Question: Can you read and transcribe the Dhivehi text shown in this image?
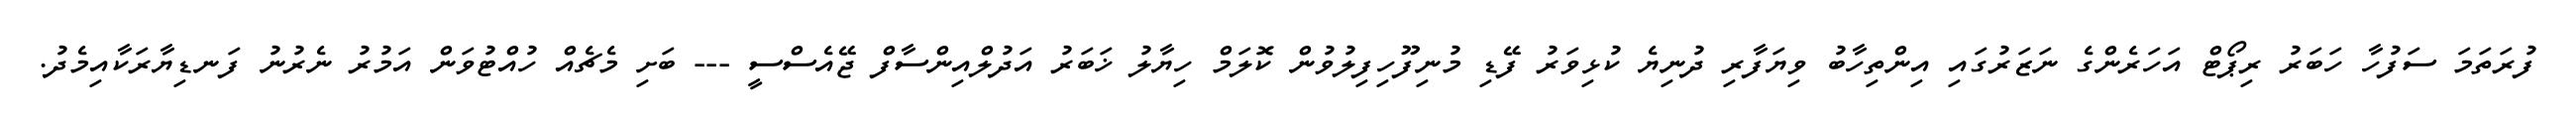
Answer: ފުރަތަމަ ސަފުހާ ހަބަރު ރިޕޯޓް އަހަރެންގެ ނަޒަރުގައި އިންތިހާބު ވިޔަފާރި ދުނިޔެ ކުޅިވަރު ފޭޑި މުނިފޫހިފިލުވުން ކޮލަމް ހިޔާލު ޚަބަރު އަދުލްއިންސާފް ޖޭއެސްސީ --- ބަށި މެޗެއް ހުއްޓުވަން އަމުރު ނެރުނު ފަނޑިޔާރަކާއިމެދު.